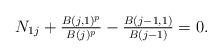
LaTeX: \begin{align*}N_{1j} +\tfrac{B(j,1)^p}{B(j)^p}-\tfrac{B(j-1, 1)}{B(j-1)} = 0.\end{align*}